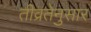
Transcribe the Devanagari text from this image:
तीव्रतेनुसार